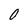
Character: 0